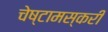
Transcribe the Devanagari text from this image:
चेष्टामस्करी